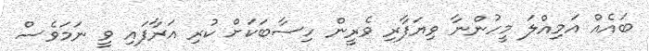
ބައެއް އަމިއްލަ މީހުންނާ ވިޔަފާރި ވެރީން ހިސާބަކަށް ކުރި އަރާފައި ވީ ނަމަވެސް